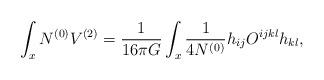
LaTeX: \begin{align*}\int_x N^{(0)} V^{(2)}={1\over16\pi G}\int_x {1\over4N^{(0)}} h_{ij}O^{ijkl} h_{kl},\end{align*}